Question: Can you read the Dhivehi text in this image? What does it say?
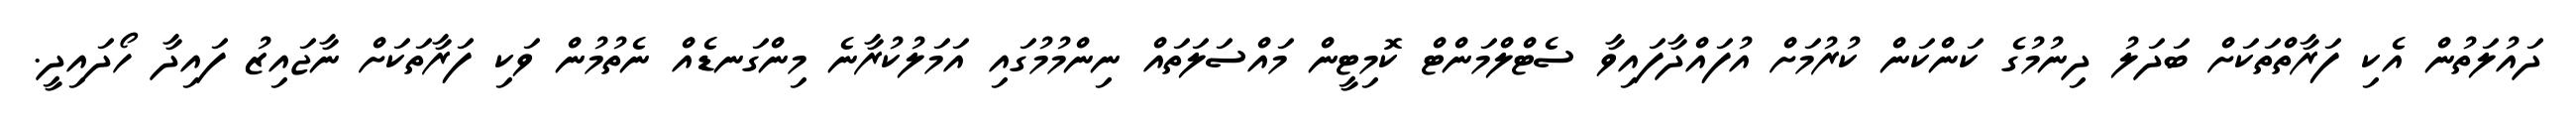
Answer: ދައުލަތުން އެކި ފަރާތްތަކަށް ބަދަލު ދިނުމުގެ ކަންކަން ކުރުމަށް އުފައްދާފައިވާ ސެޓްލްމަންޓް ކޮމިޓީން މައްސަލަތައް ނިންމުމުގައި އަމަލުކުރާނެ މިންގަނޑެއް ނެތުމުން ވަކި ފަރާތަކަށް ނާޖައިޒު ފައިދާ ހޯދައިދީ.